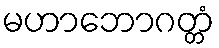
မဟာဘောဂတ္တံ